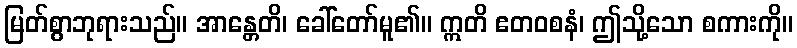
မြတ်စွာဘုရားသည်။ အာန္တေတိ၊ ခေါ်တော်မူ၏။ ဣတိ ဧတဝစနံ၊ ဤသို့သော စကားကို။